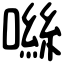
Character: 噝